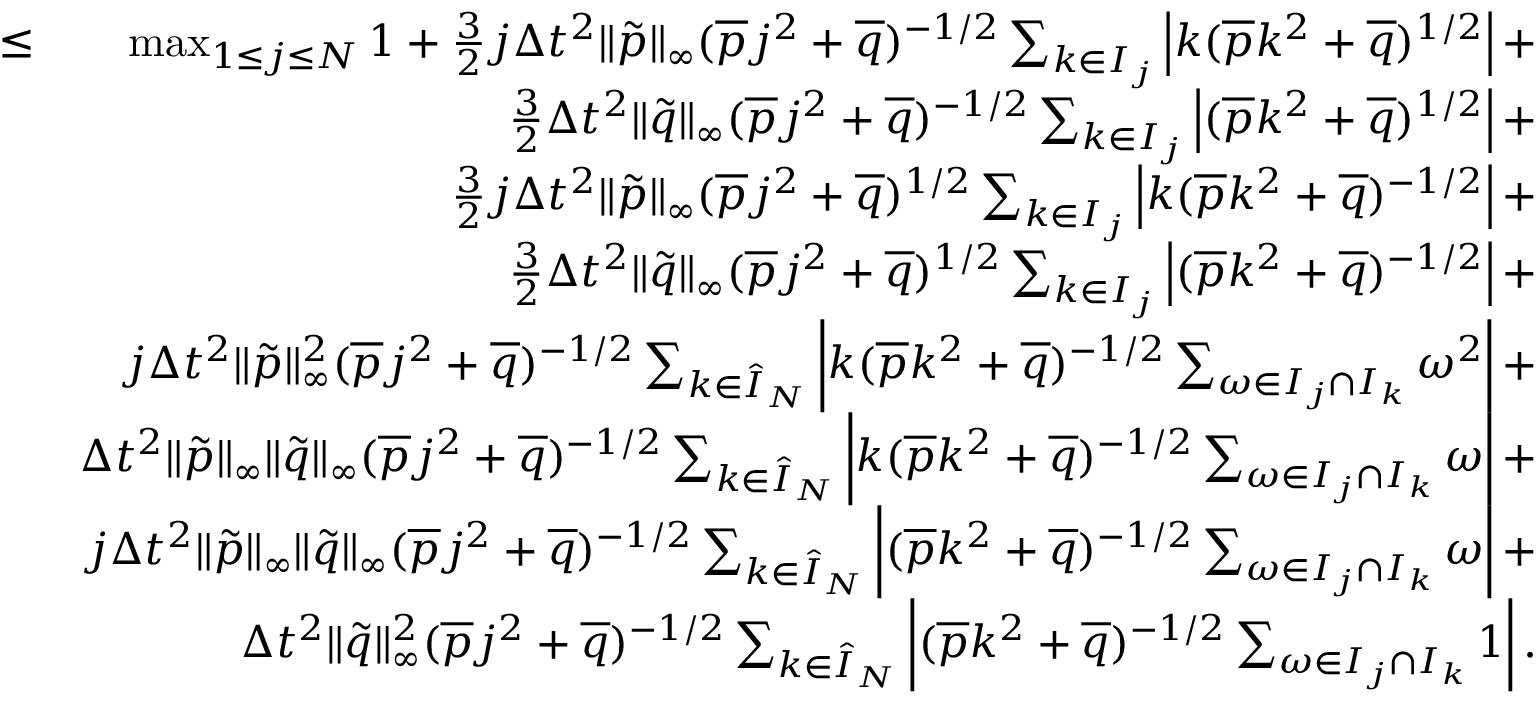
\begin{array} { r l r } & { \leq } & { \operatorname* { m a x } _ { 1 \leq j \leq N } 1 + \frac { 3 } { 2 } j \Delta t ^ { 2 } \| \tilde { p } \| _ { \infty } ( \overline { { p } } j ^ { 2 } + \overline { { q } } ) ^ { - 1 / 2 } \sum _ { k \in { I } _ { j } } \left| k ( \overline { { p } } k ^ { 2 } + \overline { { q } } ) ^ { 1 / 2 } \right| + } \\ & { } & { \frac { 3 } { 2 } \Delta t ^ { 2 } \| \tilde { q } \| _ { \infty } ( \overline { { p } } j ^ { 2 } + \overline { { q } } ) ^ { - 1 / 2 } \sum _ { k \in { I } _ { j } } \left| ( \overline { { p } } k ^ { 2 } + \overline { { q } } ) ^ { 1 / 2 } \right| + } \\ & { } & { \frac { 3 } { 2 } j \Delta t ^ { 2 } \| \tilde { p } \| _ { \infty } ( \overline { { p } } j ^ { 2 } + \overline { { q } } ) ^ { 1 / 2 } \sum _ { k \in { I } _ { j } } \left| k ( \overline { { p } } k ^ { 2 } + \overline { { q } } ) ^ { - 1 / 2 } \right| + } \\ & { } & { \frac { 3 } { 2 } \Delta t ^ { 2 } \| \tilde { q } \| _ { \infty } ( \overline { { p } } j ^ { 2 } + \overline { { q } } ) ^ { 1 / 2 } \sum _ { k \in { I } _ { j } } \left| ( \overline { { p } } k ^ { 2 } + \overline { { q } } ) ^ { - 1 / 2 } \right| + } \\ & { } & { j \Delta t ^ { 2 } \| \tilde { p } \| _ { \infty } ^ { 2 } ( \overline { { p } } j ^ { 2 } + \overline { { q } } ) ^ { - 1 / 2 } \sum _ { k \in \hat { I } _ { N } } \left| k ( \overline { { p } } k ^ { 2 } + \overline { { q } } ) ^ { - 1 / 2 } \sum _ { \omega \in I _ { j } \cap I _ { k } } \omega ^ { 2 } \right| + } \\ & { } & { \Delta t ^ { 2 } \| \tilde { p } \| _ { \infty } \| \tilde { q } \| _ { \infty } ( \overline { { p } } j ^ { 2 } + \overline { { q } } ) ^ { - 1 / 2 } \sum _ { k \in \hat { I } _ { N } } \left| k ( \overline { { p } } k ^ { 2 } + \overline { { q } } ) ^ { - 1 / 2 } \sum _ { \omega \in I _ { j } \cap I _ { k } } \omega \right| + } \\ & { } & { j \Delta t ^ { 2 } \| \tilde { p } \| _ { \infty } \| \tilde { q } \| _ { \infty } ( \overline { { p } } j ^ { 2 } + \overline { { q } } ) ^ { - 1 / 2 } \sum _ { k \in \hat { I } _ { N } } \left| ( \overline { { p } } k ^ { 2 } + \overline { { q } } ) ^ { - 1 / 2 } \sum _ { \omega \in I _ { j } \cap I _ { k } } \omega \right| + } \\ & { } & { \Delta t ^ { 2 } \| \tilde { q } \| _ { \infty } ^ { 2 } ( \overline { { p } } j ^ { 2 } + \overline { { q } } ) ^ { - 1 / 2 } \sum _ { k \in \hat { I } _ { N } } \left| ( \overline { { p } } k ^ { 2 } + \overline { { q } } ) ^ { - 1 / 2 } \sum _ { \omega \in I _ { j } \cap I _ { k } } 1 \right| . } \end{array}